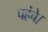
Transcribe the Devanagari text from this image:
पहंचे।